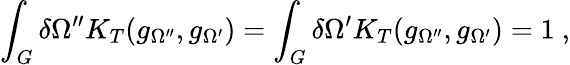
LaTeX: \int_{G}^{}\delta\Omega^{\prime\prime}K_{T}(g_{\Omega^{\prime\prime}},g_{\Omega^{\prime}})=\int_{G}^{}\delta\Omega^{\prime}K_{T}(g_{\Omega^{\prime\prime}},g_{\Omega^{\prime}})=1\ ,